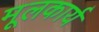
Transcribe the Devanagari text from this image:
मूलकार्य